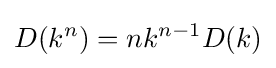
D(k^{n})=nk^{n-1}D(k)